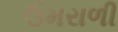
ઉમરાળી